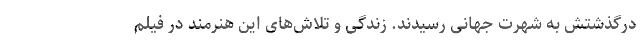
درگذشتش به شهرت جهانی رسیدند. زندگی و تلاش‌های این هنرمند در فیلم